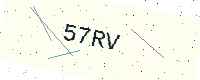
Text: 57RV